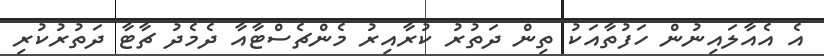
އެ އެއާލައިނުން ހަފުތާއަކު ތިން ދަތުރު ކުރާއިރު މެންޗެސްޓާއާ ދެމެދު ޗާޓާ ދަތުރުކުރި